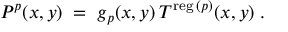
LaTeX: P ^ { p } ( x , y ) \; = \; g _ { p } ( x , y ) \: T ^ { \mathrm { \scriptsize { r e g } } \: ( p ) } ( x , y ) \; .